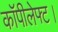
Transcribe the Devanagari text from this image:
कॉपीलेफ्ट।